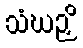
သံဃဉှိ